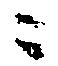
ニ